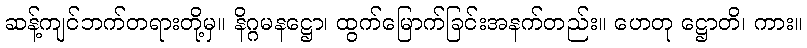
ဆန့်ကျင်ဘက်တရားတို့မှ။ နိဂ္ဂမနဋ္ဌော၊ ထွက်မြောက်ခြင်းအနက်တည်း။ ဟေတု ဋ္ဌောတိ၊ ကား။